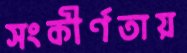
সংকীর্ণতায়